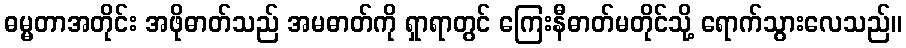
ဓမ္မတာအတိုင်း အဖိုဓာတ်သည် အမဓာတ်ကို ရှာရာတွင် ကြေးနီဓာတ်မတိုင်သို့ ရောက်သွားလေသည်။